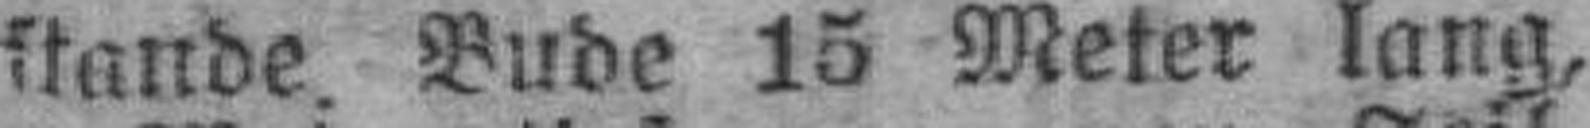
stande. Bude 15 Meter lang,